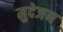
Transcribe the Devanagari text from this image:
मुदेजन